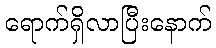
ရောက်ရှိလာပြီးနောက်